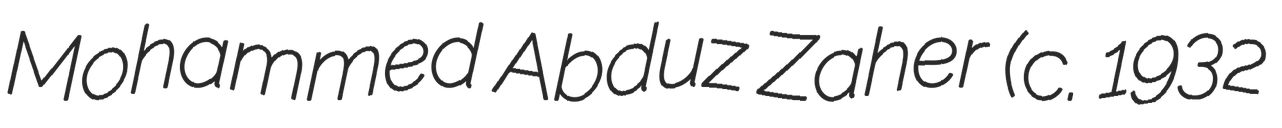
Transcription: Mohammed Abduz Zaher (c. 1932